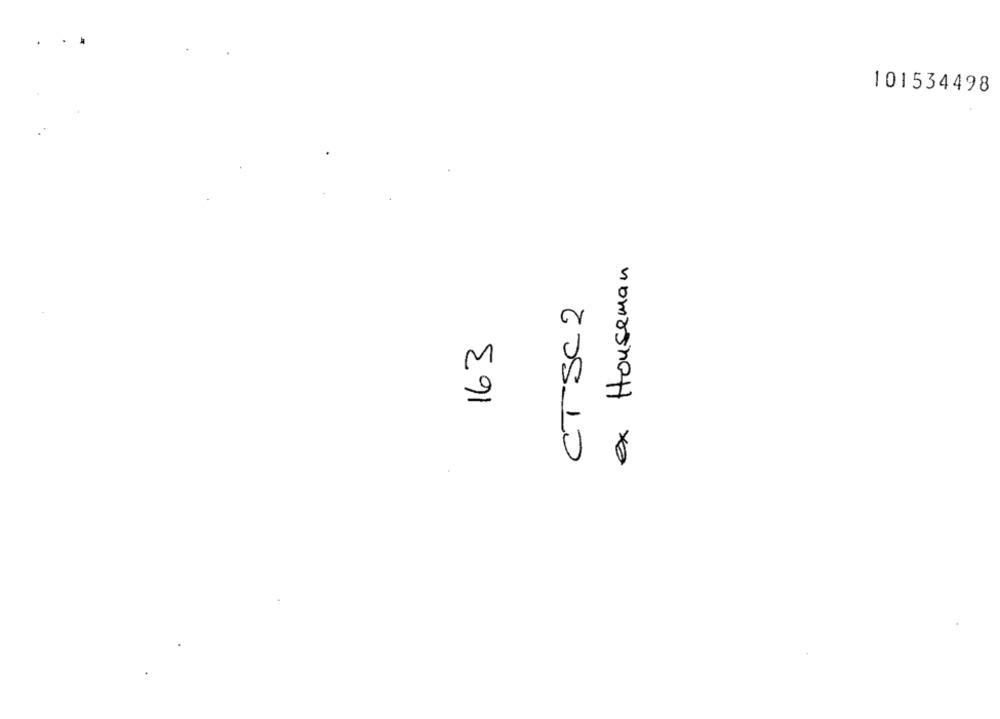
101534498
ex Houseman
163
$05.10